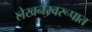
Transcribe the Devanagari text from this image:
लेखनस्वरूपात